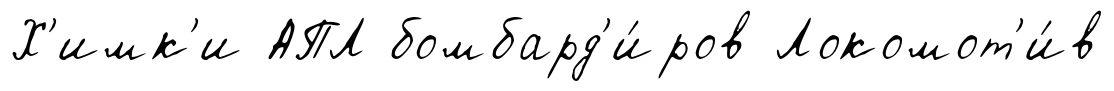
Х'имк'и АПЛ бомбард'и́ров Локомот'и́в